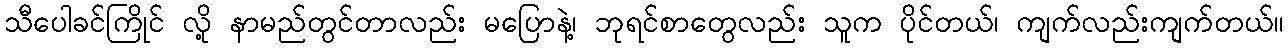
သီပေါခင်ကြိုင် လို့ နာမည်တွင်တာလည်း မပြောနဲ့၊ ဘုရင်စာတွေလည်း သူက ပိုင်တယ်၊ ကျက်လည်းကျက်တယ်။